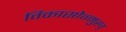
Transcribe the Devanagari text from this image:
विकासोन्मुख्